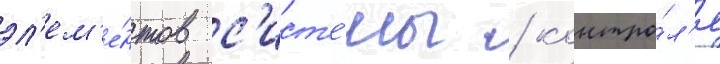
эл'ем'е́нтов с'ист'е́мы / контро́л'я